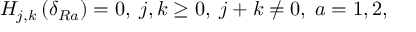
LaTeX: H _ { j , k } \left( \delta _ { R a } \right) = 0 , \; j , k \geq 0 , \; j + k \neq 0 , \; a = 1 , 2 ,